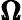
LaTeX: {\pmb\Omega}